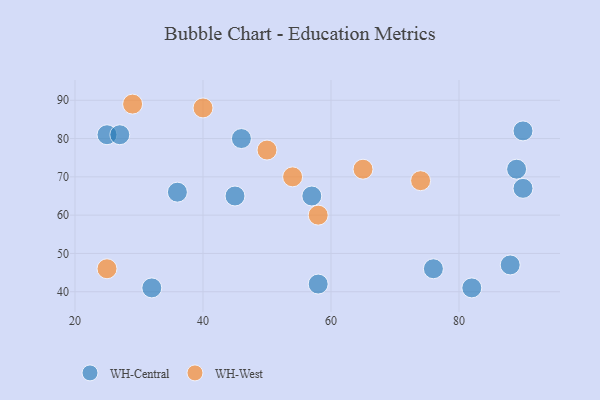
{"axis": {"x": "GDP", "y": "Life Expectancy"}, "legend": ["WH-Central", "WH-West"], "data": [{"x": "25", "y": 81, "type": "WH-Central"}, {"x": "58", "y": 42, "type": "WH-Central"}, {"x": "32", "y": 41, "type": "WH-Central"}, {"x": "89", "y": 72, "type": "WH-Central"}, {"x": "90", "y": 67, "type": "WH-Central"}, {"x": "88", "y": 47, "type": "WH-Central"}, {"x": "27", "y": 81, "type": "WH-Central"}, {"x": "76", "y": 46, "type": "WH-Central"}, {"x": "46", "y": 80, "type": "WH-Central"}, {"x": "36", "y": 66, "type": "WH-Central"}, {"x": "82", "y": 41, "type": "WH-Central"}, {"x": "57", "y": 65, "type": "WH-Central"}, {"x": "45", "y": 65, "type": "WH-Central"}, {"x": "90", "y": 82, "type": "WH-Central"}, {"x": "54", "y": 70, "type": "WH-West"}, {"x": "65", "y": 72, "type": "WH-West"}, {"x": "40", "y": 88, "type": "WH-West"}, {"x": "50", "y": 77, "type": "WH-West"}, {"x": "25", "y": 46, "type": "WH-West"}, {"x": "74", "y": 69, "type": "WH-West"}, {"x": "29", "y": 89, "type": "WH-West"}, {"x": "58", "y": 60, "type": "WH-West"}]}